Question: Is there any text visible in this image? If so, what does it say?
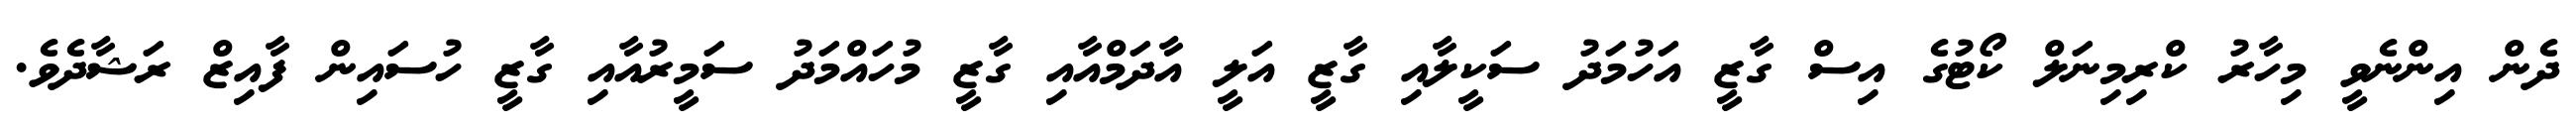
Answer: ދެން އިންނެވީ މިހާރު ކްރިމިނަލް ކޯޓުގެ އިސް ގާޒީ އަހުމަދު ސަކީލާއި ގާޒީ އަލީ އާދަމްއާއި ގާޒީ މުހައްމަދު ސަމީރުއާއި ގާޒީ ހުސައިން ފާއިޒް ރަޝާދެވެ.